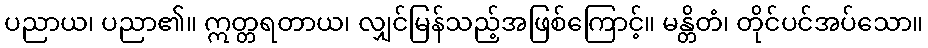
ပညာယ၊ ပညာ၏။ ဣတ္တရတာယ၊ လျှင်မြန်သည့်အဖြစ်ကြောင့်။ မန္တိတံ၊ တိုင်ပင်အပ်သော။